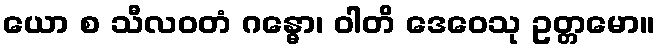
ယော စ သီလဝတံ ဂန္ဓော၊ ဝါတိ ဒေဝေသု ဥတ္တမော။